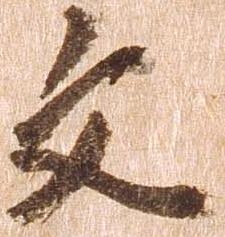
文